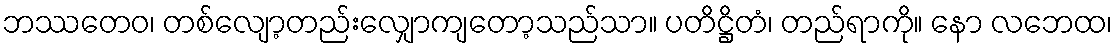
ဘဿတေဝ၊ တစ်လျော့တည်းလျှောကျတော့သည်သာ။ ပတိဋ္ဌိတံ၊ တည်ရာကို။ နော လဘေထ၊